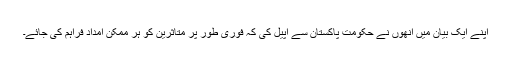
اپنے ایک بیان میں انھوں نے حکومت پاکستان سے اپیل کی کہ فوری طور پر متاثرین کو ہر ممکن امداد فراہم کی جائے۔